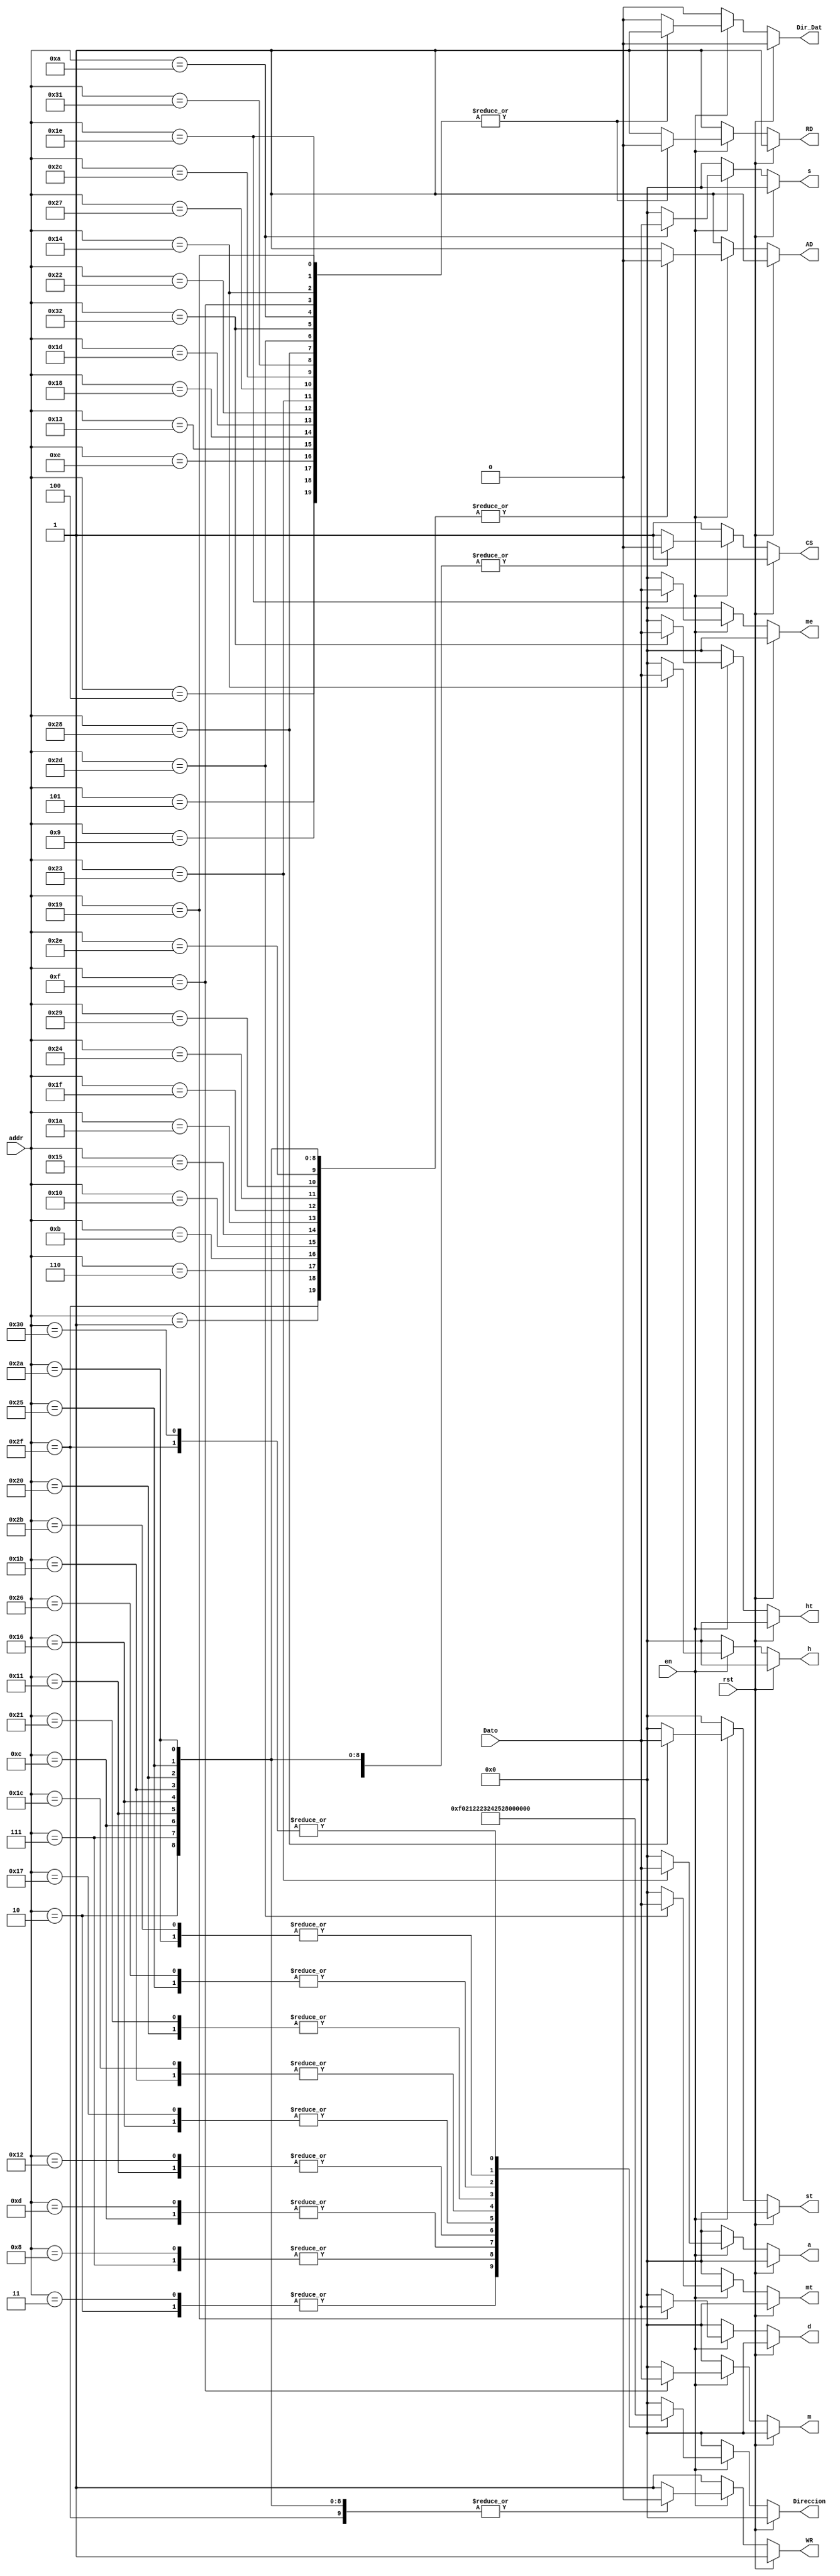
`timescale 1ns / 1ps

module Memoria_Lectura(
	input [5:0] addr,
	input en,rst,
	input [7:0] Dato,
	output reg AD,CS,RD,WR,Dir_Dat,
	output reg [7:0] st,mt,ht,s,m,h,d,me,a,
	output reg [7:0] Direccion);

reg [7:0] temp;

always @* 
	begin
	if(rst)begin 
	AD=1;CS=1;RD=1;WR=1;Dir_Dat=0;
	st=0;mt=0;ht=0;s=0;m=0;h=0;d=0;me=0;a=0;
   Direccion=8'b0;end
	else begin
	if(en==1)begin
	AD=1;CS=1;RD=1;WR=1;Dir_Dat=0; 
	st=0;mt=0;ht=0;s=0;m=0;h=0;d=0;me=0;a=0;
   Direccion=8'b0;
	case (addr)
	
	//Transferir datos del area reservada a la RAM
	
	6'd1: begin AD=0; Direccion=0; end
	6'd2: begin AD=0; CS=0; RD=1; WR=0; Direccion=8'hf0;end
	6'd3: begin Direccion=8'hf0; end
	6'd4: begin AD=1; CS=0; RD=0; WR=1; Dir_Dat=1; end
	6'd5: begin AD=1; CS=0; RD=0; WR=1; Dir_Dat=1; end
	
	//Inicio de copia de datos
				//Segundos
	6'd6: begin AD=0; Direccion=0;end
	6'd7: begin AD=0; CS=0; RD=1; WR=0; Direccion=8'h21;end
	6'd8: begin Direccion=8'h21;end
	6'd9: begin AD=1; CS=0; RD=0; WR=1; Dir_Dat=1;end
	6'd10: begin AD=1; CS=0; RD=0; WR=1; Dir_Dat=1; s=Dato; end
				//minutos
	6'd11: begin AD=0; Direccion=0;end
	6'd12: begin AD=0; CS=0; RD=1; WR=0; Direccion=8'h22;end
	6'd13: begin Direccion=8'h22;end
	6'd14: begin AD=1; CS=0; RD=0; WR=1; Dir_Dat=1;end
	6'd15: begin AD=1; CS=0; RD=0; WR=1; Dir_Dat=1; m=Dato; end	
				//horas
	6'd16: begin AD=0; Direccion=0;end
	6'd17: begin AD=0; CS=0; RD=1; WR=0; Direccion=8'h23;end
	6'd18: begin Direccion=8'h23;end
	6'd19: begin AD=1; CS=0; RD=0; WR=1; Dir_Dat=1;end
	6'd20: begin AD=1; CS=0; RD=0; WR=1; Dir_Dat=1; h=Dato;end		
				//dia
	6'd21: begin AD=0; Direccion=0;end
	6'd22: begin AD=0; CS=0; RD=1; WR=0; Direccion=8'h24;end
	6'd23: begin Direccion=8'h24;end
	6'd24: begin AD=1; CS=0; RD=0; WR=1; Dir_Dat=1;end
	6'd25: begin AD=1; CS=0; RD=0; WR=1; Dir_Dat=1; d=Dato; end	
				//mes
	6'd26: begin AD=0; Direccion=0;end
	6'd27: begin AD=0; CS=0; RD=1; WR=0; Direccion=8'h25;end
	6'd28: begin Direccion=8'h25;end
	6'd29: begin AD=1; CS=0; RD=0; WR=1; Dir_Dat=1;end
	6'd30: begin AD=1; CS=0; RD=0; WR=1; Dir_Dat=1; me=Dato; end
				//ao
	6'd31: begin AD=0; Direccion=0;end
	6'd32: begin AD=0; CS=0; RD=1; WR=0; Direccion=8'h26;end
	6'd33: begin Direccion=8'h26;end
	6'd34: begin AD=1; CS=0; RD=0; WR=1; Dir_Dat=1;end
	6'd35: begin AD=1; CS=0; RD=0; WR=1; Dir_Dat=1; a=Dato; end
				//Segundos del timer
	6'd36: begin AD=0; Direccion=0;end
	6'd37: begin AD=0; CS=0; RD=1; WR=0; Direccion=8'h41;end
	6'd38: begin Direccion=8'h41;end
	6'd39: begin AD=1; CS=0; RD=0; WR=1; Dir_Dat=1;end
	6'd40: begin AD=1; CS=0; RD=0; WR=1; Dir_Dat=1; st=Dato; end
				//minutos del timer
	6'd41: begin AD=0; Direccion=0;end
	6'd42: begin AD=0; CS=0; RD=1; WR=0; Direccion=8'h42;end
	6'd43: begin Direccion=8'h42;end
	6'd44: begin AD=1; CS=0; RD=0; WR=1; Dir_Dat=1;end
	6'd45: begin AD=1; CS=0; RD=0; WR=1; Dir_Dat=1; mt=Dato; end	
				//horas del timer
	6'd46: begin AD=0; Direccion=0;end
	6'd47: begin AD=0; CS=0; RD=1; WR=0; Direccion=8'h43;end
	6'd48: begin Direccion=8'h43;end
	6'd49: begin AD=1; CS=0; RD=0; WR=1; Dir_Dat=1;end
	6'd50: begin AD=1; CS=0; RD=0; WR=1; Dir_Dat=1; ht=Dato; end
										
	endcase
	end
	else begin 
	AD=1;CS=1;RD=1;WR=1;Dir_Dat=0;
	st=0;mt=0;ht=0;s=0;m=0;h=0;d=0;me=0;a=0;
   Direccion=8'b0; end
	end
	end
endmodule